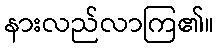
နားလည်လာကြ၏။